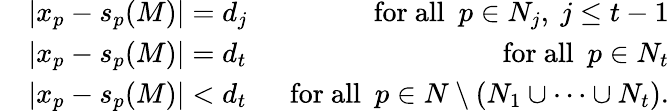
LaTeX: \begin{array}{rlr}&{|x_{p}-s_{p}(M)|=d_{j}}&{\mathrm{~~for~all~~}p\in N_{j},~j\le t-1}\\ &{|x_{p}-s_{p}(M)|=d_{t}}&{\mathrm{~~for~all~~}p\in N_{t}}\\ &{|x_{p}-s_{p}(M)|<d_{t}}&{\mathrm{~~for~all~~}p\in N\setminus(N_{1}\cup\dots\cup N_{t}).}\end{array}